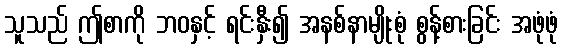
သူသည် ဤစာကို ဘဝနှင့် ရင်းနှီး၍ အနစ်နာမျိုးစုံ စွန့်စားခြင်း အဖုံဖုံ